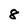
Character: 8